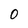
Character: 0